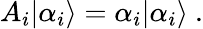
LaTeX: A_{i}|{\alpha_{i}}\rangle=\alpha_{i}|{\alpha_{i}}\rangle\ .